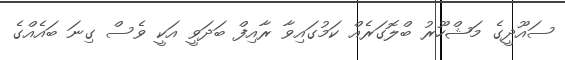
ސައޫދީގެ މަޝްހޫރު ބްލޮގަރެއް ކަމުގައިވާ ރާއިފް ބަދަވީ އަކީ ވެސް ގިނަ ބައެއްގެ